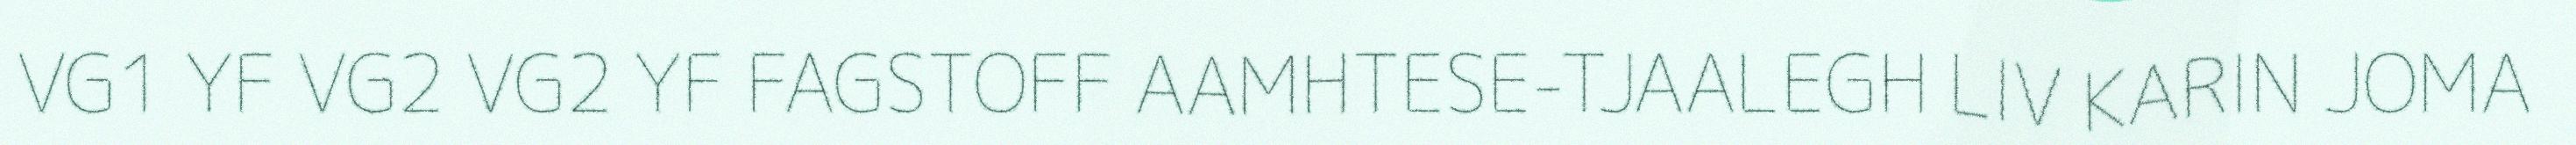
VG1 YF VG2 VG2 YF FAGSTOFF AAMHTESE-TJAALEGH LIV KARIN JOMA